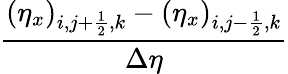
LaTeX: \frac{(\eta_{x})_{i,j+\frac{1}{2},k}-(\eta_{x})_{i,j-\frac{1}{2},k}}{\Delta\eta}